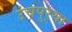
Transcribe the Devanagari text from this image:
उंचपुर्‍या